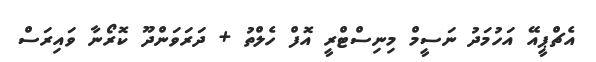
އެޗްޕީއޭ އަހުމަދު ނަސީމް މިނިސްޓްރީ އޮފް ހެލްތު + ދަރަވަންދޫ ކޮރޯނާ ވައިރަސް